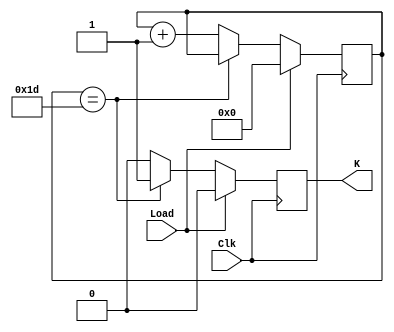
module Counter(
	input Load, Clk,
	output reg K
);
		
	reg [7:0] count;	
		
	always @ (posedge Clk) 
	begin									
			if (Load) 
			begin
					count = 1'b0;
					K = 1'b0;
			end 
			else if (count == 29) 
			begin
					K = 1'b1;
			end
			else 
			begin 
					K = 1'b0;
					count = count + 1;
			end
	end
endmodule